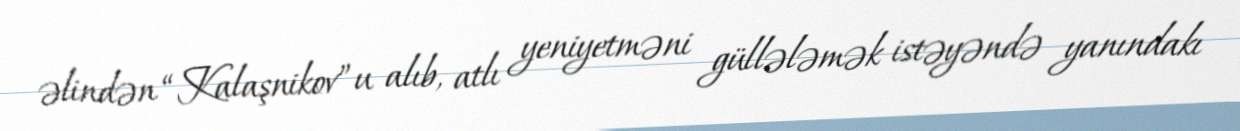
əlindən “Kalaşnikov”u alıb, atlı yeniyetməni güllələmək istəyəndə yanındakı